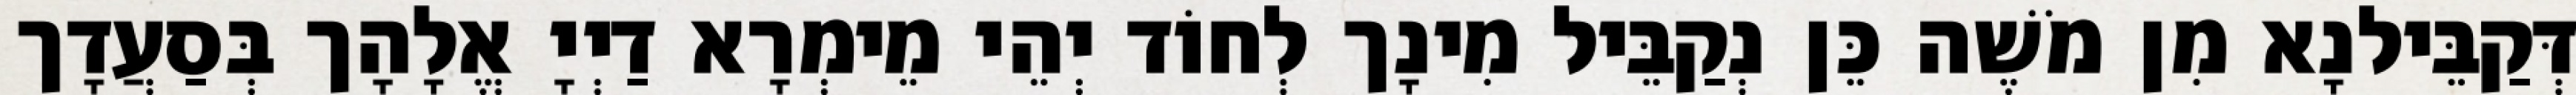
דְּקַבֵּילנָא מִן מֹשֶׁה כֵּן נְקַבֵּיל מִינָך לְחוֹד יְהֵי מֵימְרָא דַיְיָ אֱלָהָך בְּסַעֲדָך